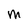
Character: M